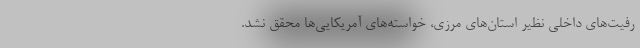
رفیت‌های داخلی نظیر استان‌های مرزی، خواسته‌های آمریکایی‌ها محقق نشد.